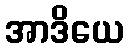
အာဒိယေ